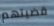
قضيتهم